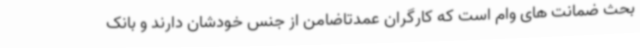
بحث ضمانت های وام است که کارگران عمدتاضامن از جنس خودشان دارند و بانک